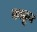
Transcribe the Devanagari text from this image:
काढू्न